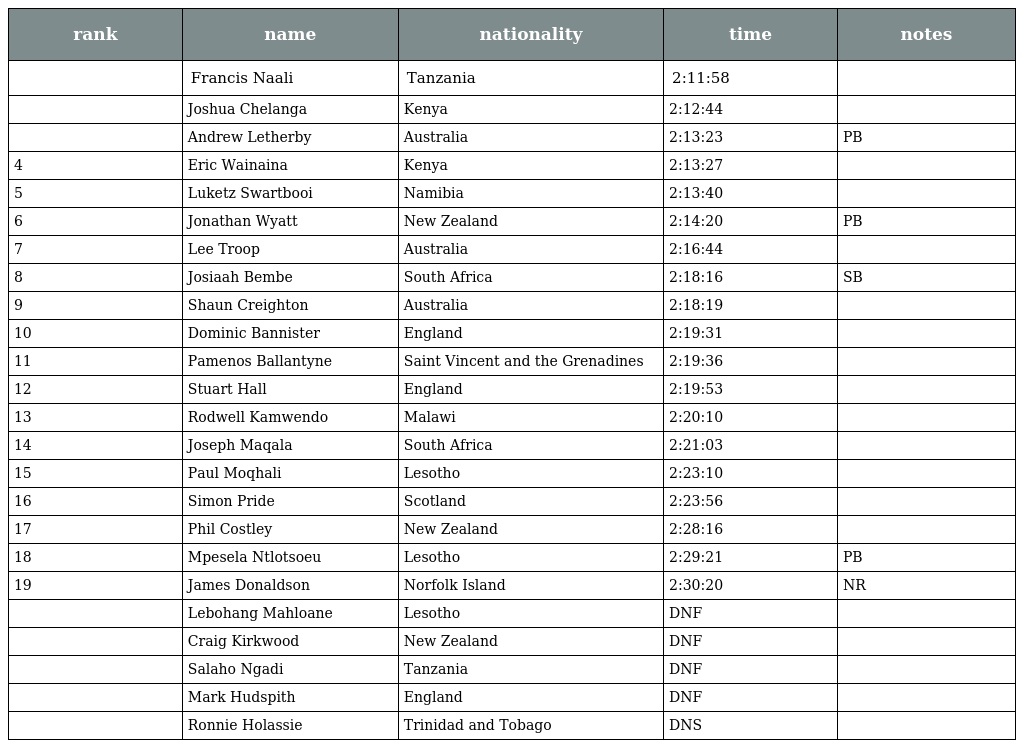
| rank | name | nationality | time | notes |
 | --- | --- | --- | --- | --- |
 |  | Francis Naali | Tanzania | 2:11:58 |  |
 |  | Joshua Chelanga | Kenya | 2:12:44 |  |
 |  | Andrew Letherby | Australia | 2:13:23 | PB |
 | 4 | Eric Wainaina | Kenya | 2:13:27 |  |
 | 5 | Luketz Swartbooi | Namibia | 2:13:40 |  |
 | 6 | Jonathan Wyatt | New Zealand | 2:14:20 | PB |
 | 7 | Lee Troop | Australia | 2:16:44 |  |
 | 8 | Josiaah Bembe | South Africa | 2:18:16 | SB |
 | 9 | Shaun Creighton | Australia | 2:18:19 |  |
 | 10 | Dominic Bannister | England | 2:19:31 |  |
 | 11 | Pamenos Ballantyne | Saint Vincent and the Grenadines | 2:19:36 |  |
 | 12 | Stuart Hall | England | 2:19:53 |  |
 | 13 | Rodwell Kamwendo | Malawi | 2:20:10 |  |
 | 14 | Joseph Maqala | South Africa | 2:21:03 |  |
 | 15 | Paul Moqhali | Lesotho | 2:23:10 |  |
 | 16 | Simon Pride | Scotland | 2:23:56 |  |
 | 17 | Phil Costley | New Zealand | 2:28:16 |  |
 | 18 | Mpesela Ntlotsoeu | Lesotho | 2:29:21 | PB |
 | 19 | James Donaldson | Norfolk Island | 2:30:20 | NR |
 |  | Lebohang Mahloane | Lesotho | DNF |  |
 |  | Craig Kirkwood | New Zealand | DNF |  |
 |  | Salaho Ngadi | Tanzania | DNF |  |
 |  | Mark Hudspith | England | DNF |  |
 |  | Ronnie Holassie | Trinidad and Tobago | DNS |  |